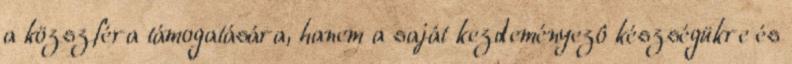
a közszféra támogatására, hanem a saját kezdeményezô készségükre és